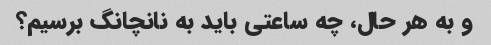
و به هر حال، چه ساعتی باید به نانچانگ برسیم؟